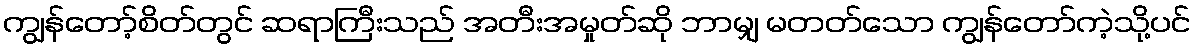
ကျွန်တော့်စိတ်တွင် ဆရာကြီးသည် အတီးအမှုတ်ဆို ဘာမျှ မတတ်သော ကျွန်တော်ကဲ့သို့ပင်